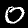
Digit: 0